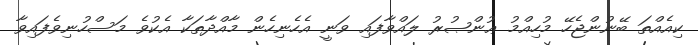
ކިއެއްތަ ބޭނުންޖެހޭ މުހިއްމު ޢުންޞުރު ލައްވާފައި ވަނީ އެހެނިހެން މާއްދާތަކާ އެކުވެ މަސްހުނިވެފައިވާ